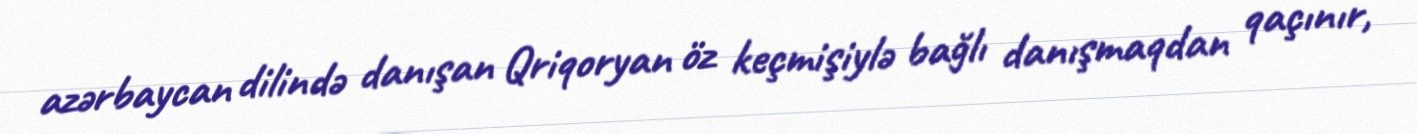
azərbaycan dilində danışan Qriqoryan öz keçmişiylə bağlı danışmaqdan qaçınır,